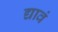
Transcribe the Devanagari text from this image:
द्यावं